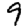
Digit: 9